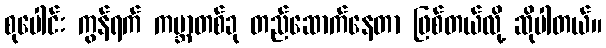
စုပေါင်း ကွန်ရက် ကမ္ဘာတစ်ခု တည်ဆောက်နေတာ ဖြစ်တယ်လို့ ဆိုပါတယ်။